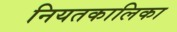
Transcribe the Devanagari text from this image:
नियतकालिका